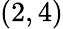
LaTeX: (2,4)